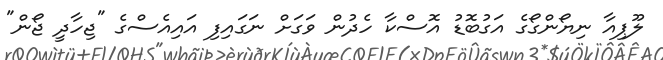
ލޫޕިއާ ނިޔޯންގޯގެ އަގުބޮޑު އޮސްކާ ހެދުން ވަގަށް ނަގައިފި އައިއެސްގެ "ޖިހާދީ ޖޯން"